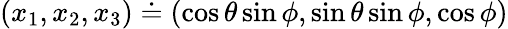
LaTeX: (x_{1},x_{2},x_{3})\doteq(\cos\theta\sin\phi,\sin\theta\sin\phi,\cos\phi)